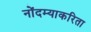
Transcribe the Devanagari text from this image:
नोंदम्याकरिता